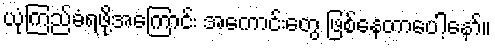
ယုံကြည်ခံရဖို့အကြောင်း အကောင်းတွေ ဖြစ်နေတာပေါ့နော်။